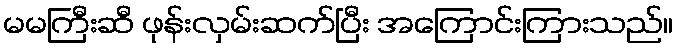
မမကြီးဆီ ဖုန်းလှမ်းဆက်ပြီး အကြောင်းကြားသည်။